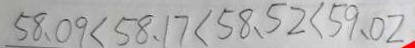
5 8 . 0 9 < 5 8 . 1 7 < 5 8 . 5 2 < 5 9 . 0 2